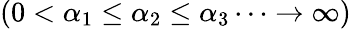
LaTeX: (0<\alpha_{1}\le\alpha_{2}\le\alpha_{3}\dots\rightarrow\infty)